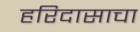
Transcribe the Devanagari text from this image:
हरिदासाचा